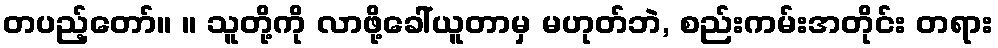
တပည့်တော်။ ။ သူတို့ကို လာဖို့ခေါ်ယူတာမှ မဟုတ်ဘဲ, စည်းကမ်းအတိုင်း တရား